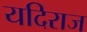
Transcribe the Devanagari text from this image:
यदिराज